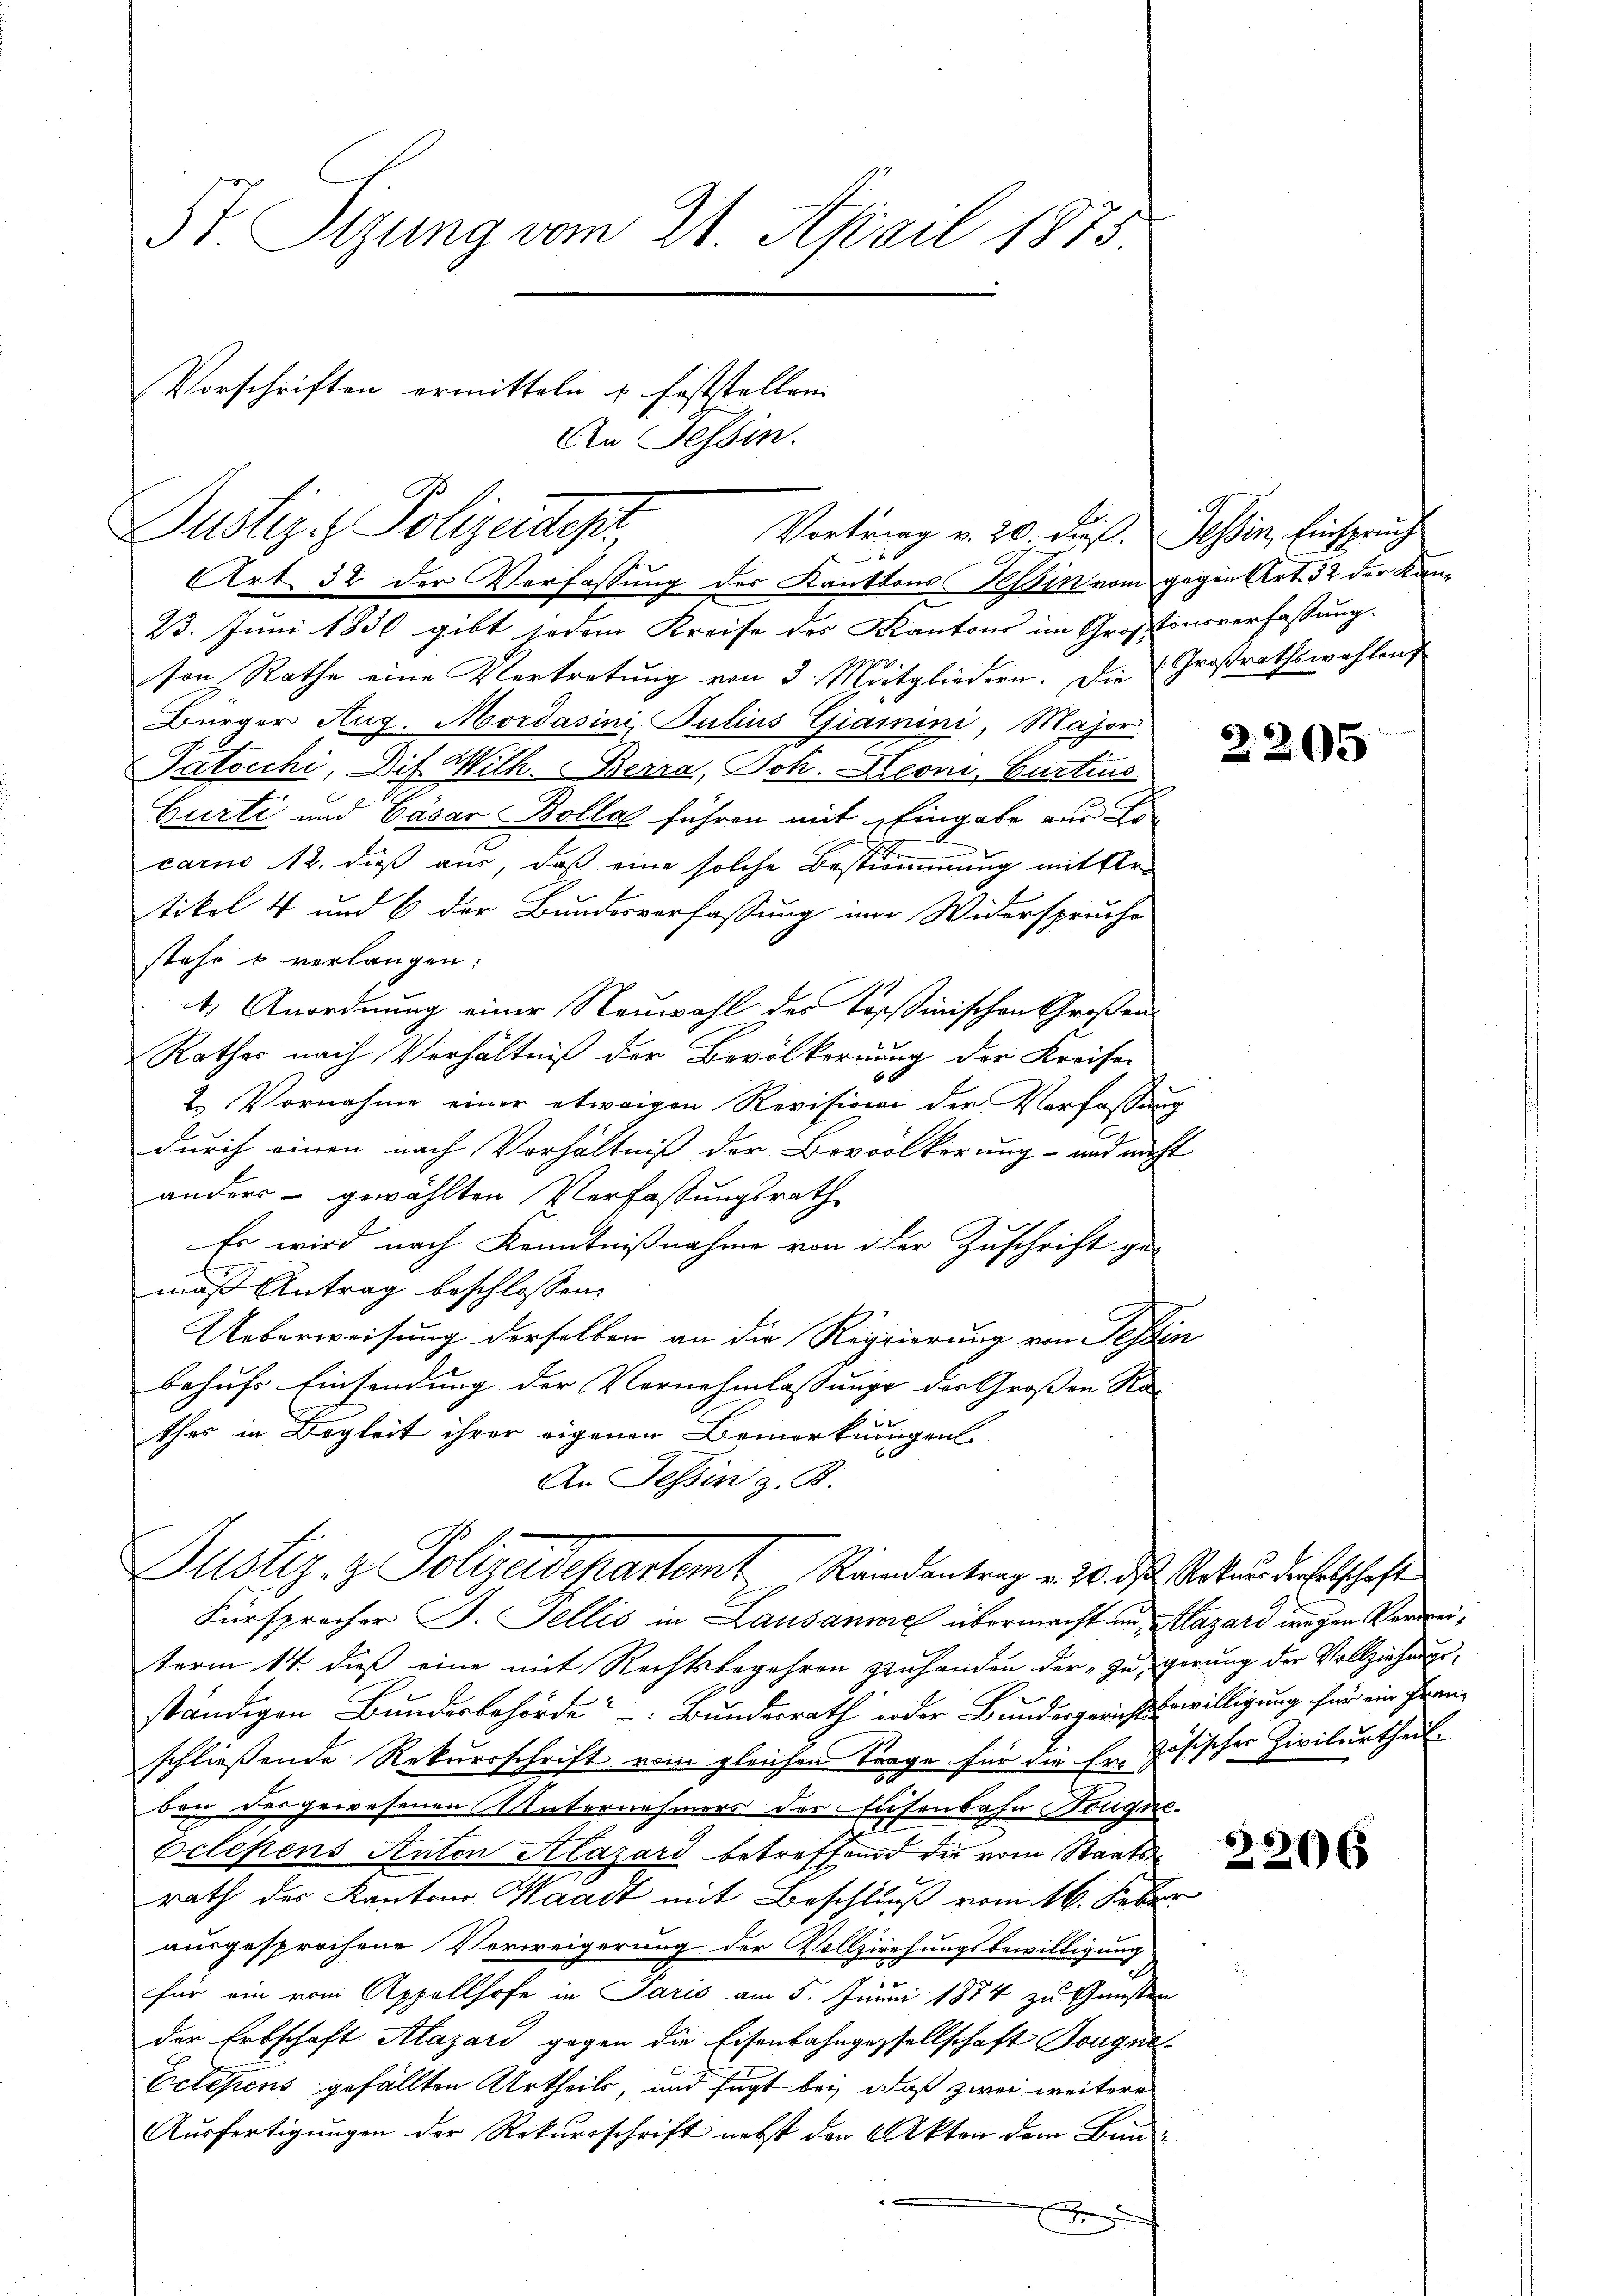
E
Justiz & Polizeides,
Vortrag v. 20 dieß.
.
e

St. Sizung vom 21. April 1875
Vorschriften ermitteln u Feststellen.
An Tessin.

Art 32 der Verfassung des Kantons Kein vom gegen Art. 32 der Kan¬
23. Juni 1850 gibt jedem Kreise des Kantons im Großtonsverfassung.
Von Rathe eine Vertretŭng von 3. Mitgliedern. Die Großrathswahlens
Bürger Aug. Mordasini, Julius Giamini, Major
Tatocchi, Dif Wilh. Berra, Joh. Leoni, Curtius
3
Curti und Cäsar Bolla führen mit Eingabe aus Kon
carno 12. dieß aus, daß eine solche Bestimmung mit Artikel 4 und 6 der Bundesverfassung im Widerspruche
stehe u verlangen:
4. Anordnung einer Neuwahl des Tessinischen Großen
Kathes nach Verhältniß der Bevölkernung der Kreisen
2. Vornahme einer etwaigen Revisioni der Verfassung
durch einen nach Verhältniß der Bevölkerung - und nach
anders gewählten Verfassungsrath
Es wird nach Kenntnißnahme von der Zuschrift ge-
maß Antrag beschlossen
Ueberweisung derselben an die Regierung von Fesser
behufs Einsendung der Vernehmlassunge der Großen Ra
thes in Begleit ihrer eigenen Bemerkungen
An Tessin z. B.
Justiz- & Polizeidepartamt Randantrag v. 20. ds Wetten derselschafte
Fürsprocher J. Fellis in Lausanne übermacht an Mazard wegen Verweiterm 14. dieß eine mit Rechtsbegehren zuhanden der „zu gerung der Vollziehungsständigen Bundesbehörde Bundesrath oder Bundesgerichtswilligung für ein ihrem
schließende Rekursschrift vom gleichen Trage für die Er zösischer Zivilurtheil
bon des gewesenen Unternehmers der Eisenbahn Tongue
Celesens Anton Alazard betreffend die vom Staatsrath des Kantons Waadt mit Beschluß vom 16. Febr.
ausgesprochene Verweigerung der Vollziehungsbewilligung
für ein vom Appellhofe in Paris am 5. Junii 1884 zu Gunsten
der Erbschaft Alazari gegen die Eisenbahngessellschaft Dougna¬
Eelesens gefällten Urtheils, und fügt bei daß zwei weitere
Ausfertigungen der Rekursschrift nebst den Akten dem Bun¬
J

Tessin, Einspruch

2265

e

2266